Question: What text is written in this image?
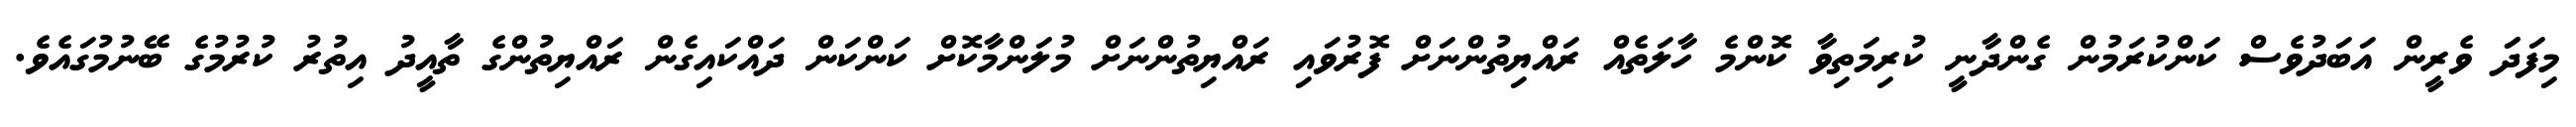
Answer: މިފަދަަ ވެރީން އަބަދުވެސް ކަންކުރަމުން ގެންދާނީ ކުރިމަތިވާ ކޮންމެ ހާލަތެއް ރައްޔިތުންނަށް ފޮރުވައި ރައްޔިތުންނަށް މުލަންމާކޮށް ކަންކަން ދައްކައިގެން ރައްޔިތުންގެ ތާއީދު އިތުރު ކުރުމުގެ ބޭނުމުގައެވެ.